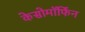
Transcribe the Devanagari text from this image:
केसोमॉर्फिन